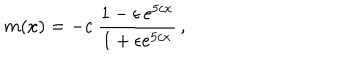
LaTeX: m ( x ) = - c ~ \frac { 1 - \epsilon \, e ^ { 5 c x } } { 1 + \epsilon e ^ { 5 c x } } \, ,